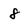
Character: 8